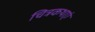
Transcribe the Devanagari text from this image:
चित्रकथाएं